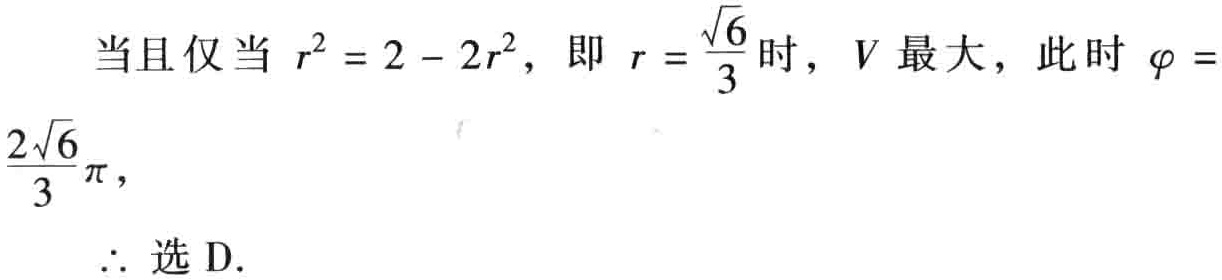
当且仅当 \(r^{2}=2 - 2r^{2}\)，即 \(r = \frac{\sqrt{6}}{3}\) 时，\(V\) 最大，此时 \(\varphi =\frac{2\sqrt{6}}{3}\pi\)，

\(\therefore\) 选 D.